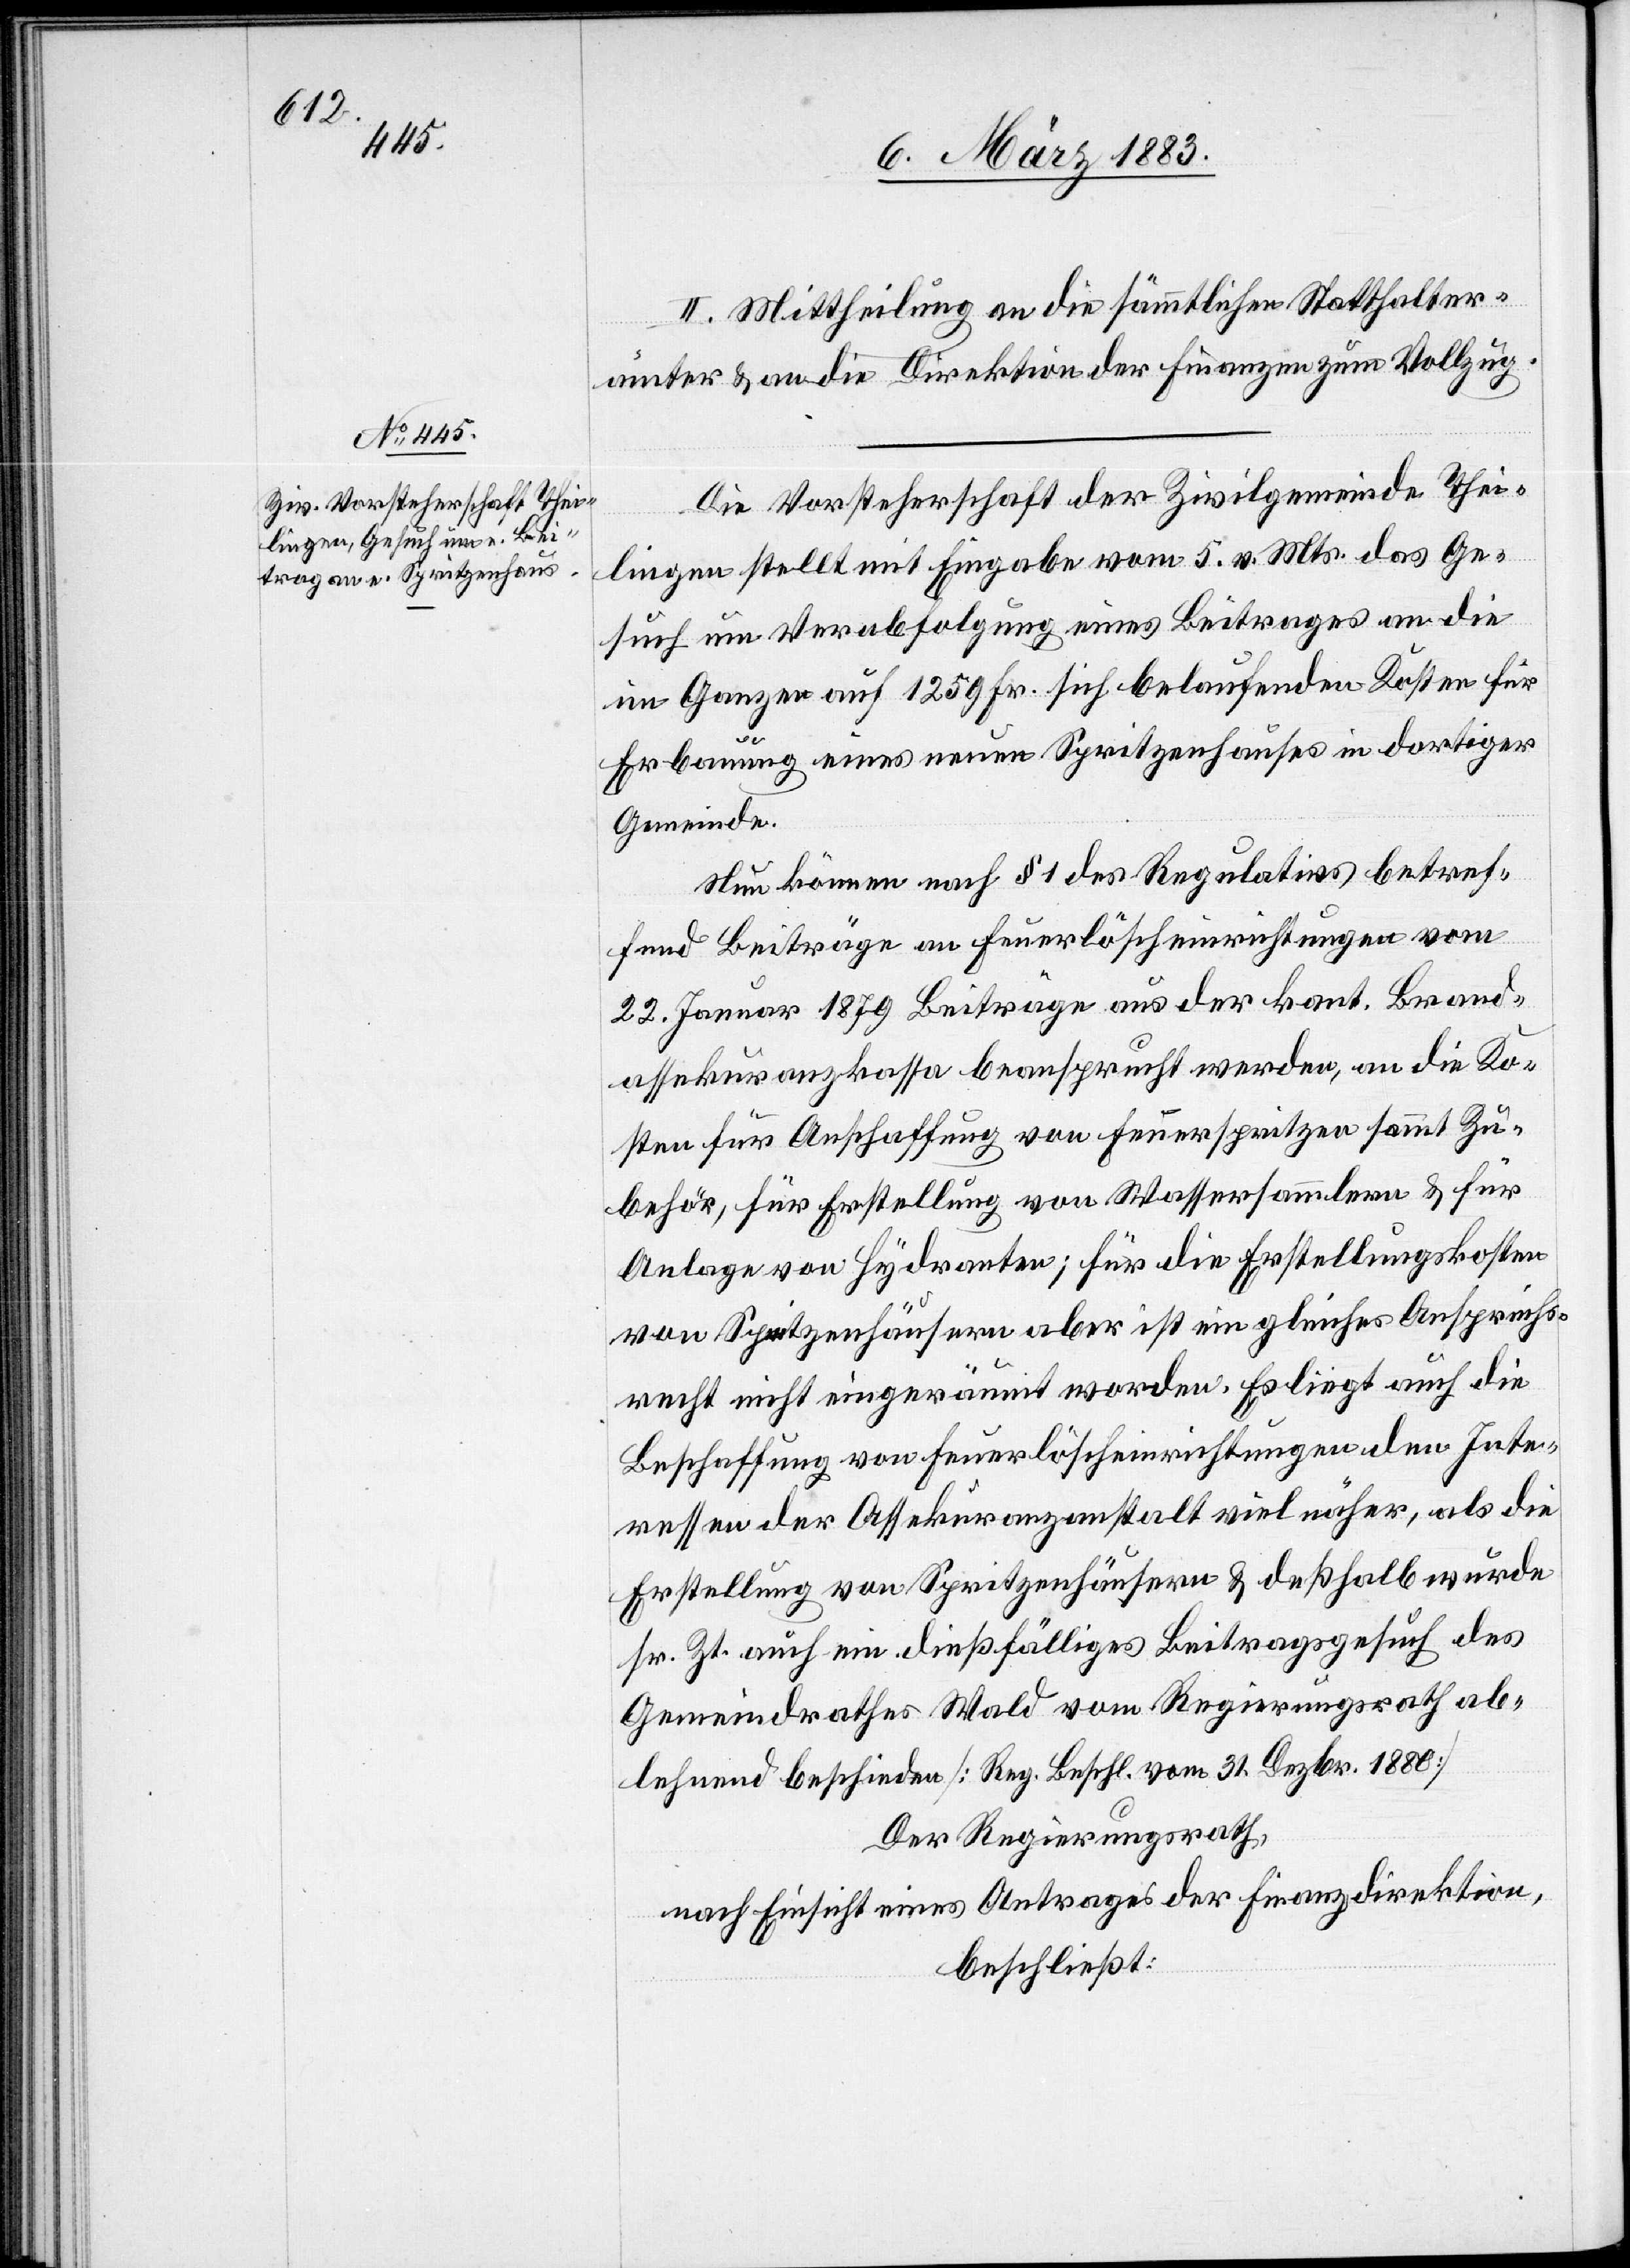
II. Mittheilung an die sämmtlichen Statthalter¬
ämter & an die Direktion der Finanzen zum Vollzug.
Die Vorsteherschaft der Zivilgemeinde Thei¬
lingen stellt mit Eingabe vom 5. v. Mts. das Ge¬
such um Verabfolgung eines Beitrages an die
im Ganzen auf 1295 Fr. sich belaufenden Kosten für
Erbauung eines neuen Spritzenhauses in dortiger
Gemeinde.
Nun können nach § 1 des Regulativs betref¬
fend Beiträge an Feuerlöscheinrichtungen vom
22. Januar 1879 Beiträge aus der kant. Brand¬
assekuranzkassa beansprucht werden, an die Ko¬
sten für Anschaffung von Feuerspritzen sammt Zu¬
behör, für Erstellung von Wassersammlern & für
Anlage von Hydranten; für die Erstellungskosten
von Spritzenhäusern aber ist ein gleiches Anspruchs¬
recht nicht eingeräumt worden. Es liegt auch die
Beschaffung von Feuerlöscheinrichtungen den Inte¬
ressen der Assekuranzanstalt viel näher, als die
Erstellung von Spritzenhäusern & deßhalb wurde
sr. Zt. auch ein dießfälliges Beitragsgesuch des
Gemeindrathes Wald vom Regierungsrath ab¬
lehnend beschieden [Reg. Beschl. vom 31. Dezbr. 1880]
Der Regierungsrath,
nach Einsicht eines Antrages der Finanzdirektion,
beschließt: